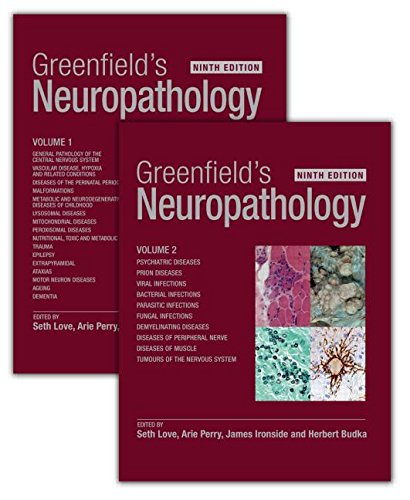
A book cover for Greenfield's Neuropathology, Ninth Edition - Two Volume Set; Medical Books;